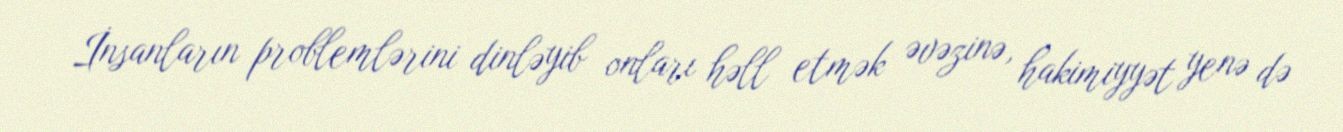
İnsanların problemlərini dinləyib onları həll etmək əvəzinə, hakimiyyət yenə də